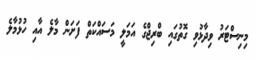
މިނިސްޓަރު ވިދާޅުވި ގޮތުގައި ބްރިޖްގެ އަމަލީ މަސައްކަތް ފަށަން މާލެ އާއި ހުޅުމާލެ